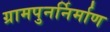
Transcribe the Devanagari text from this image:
ग्रामपुनर्निर्माण